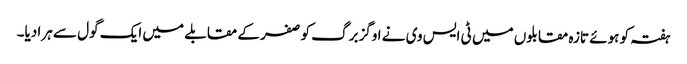
ہفتہ کو ہوئے تازہ مقابلوں میں ٹی ایس وی نے اوگزبرگ کو صفر کے مقابلے میں ایک گول سے ہرا دیا۔